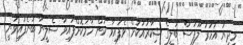
މިދިޔަ އަހަރު ލޫޕަސް ބަލީގެ ޝިކާރައަކަށް ވެފައިވާ ކަން ހާމަކޮށްފައިވާ ސެލީނާ ބުނެފައިވަނީ